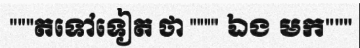
"""តទៅទៀត ថា """" ឯង មក"""